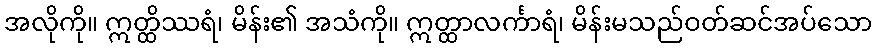
အလိုကို။ ဣတ္ထိဿရံ၊ မိန်း၏ အသံကို။ ဣတ္ထာလင်္ကာရံ၊ မိန်းမသည်ဝတ်ဆင်အပ်သော